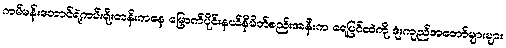
ကမ်မန်းတောင်ရဲ့ကမ်းရိုးတန်းကနေ မြောက်ပိုင်းနယ်နိမိတ်စည်းအနီးက ရေပြင်ထဲကို ဒုံးကျည်အတော်များများ